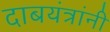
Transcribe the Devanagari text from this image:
दाबयंत्रांनी